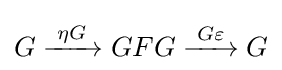
G\xrightarrow {\overset {}{\;\eta G\;}} GFG\xrightarrow {\overset {}{\;G\varepsilon \,}} G